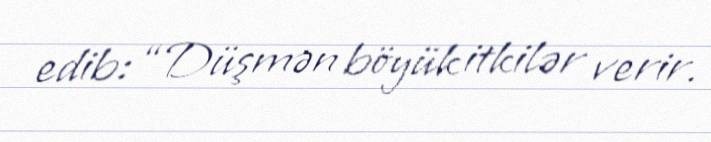
edib: “Düşmən böyük itkilər verir.